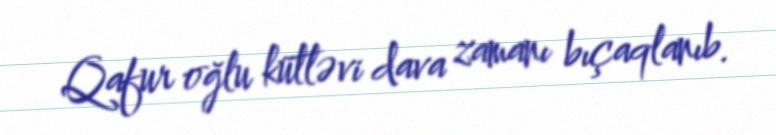
Qafur oğlu kütləvi dava zamanı bıçaqlanıb.